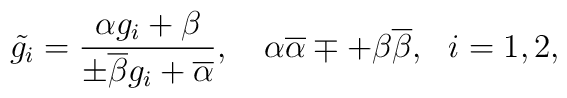
\tilde{g_{i}} =  \frac{\alpha g_{i} + \beta }{\pm \overline{\beta}g_{i} + \overline{\alpha}},~~~\alpha\overline{\alpha} \mp +  \beta \overline{\beta},~~i=1, 2,